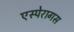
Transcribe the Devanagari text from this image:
एस्पेरागस